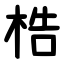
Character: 梏